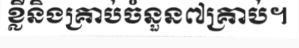
ខ្លីនិងគ្រាប់ចំនួន៧គ្រាប់។